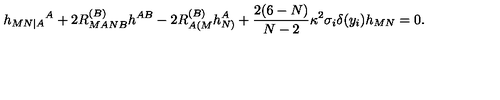
h _ { M N | A } { } ^ { A } + 2 R _ { M A N B } ^ { ( B ) } h ^ { A B } - 2 R _ { A ( M } ^ { ( B ) } h _ { N ) } ^ { A } + { \frac { 2 ( 6 - N ) } { N - 2 } } \kappa ^ { 2 } \sigma _ { i } \delta ( y _ { i } ) h _ { M N } = 0 .